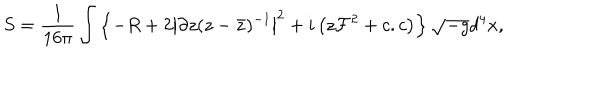
S = \frac { 1 } { 1 6 \pi } \int \left\{ - R + 2 \left| \partial z ( z - { \bar { z } } ) ^ { - 1 } \right| ^ { 2 } + i \left( z { \cal F } ^ { 2 } + c . c \right) \right\} \sqrt { - g } d ^ { 4 } x ,